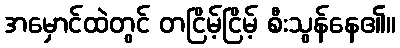
အမှောင်ထဲတွင် တငြိမ့်ငြိမ့် စီးသွန်နေ၏။